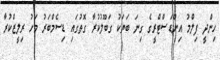
ހިންދީ ފިލްމު އިންޑަސްޓްރީގެ ގިނަ ބަޔަކު ގަބޫލުކުރާ ގޮތުގައި ޑިސެމްބަރު މަހު ރިލީޒްކުރާ